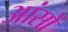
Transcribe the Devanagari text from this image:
आंसों